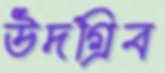
উদগ্রিব